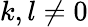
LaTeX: k,l\neq 0